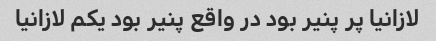
لازانیا پر پنیر بود در واقع پنیر بود یکم لازانیا